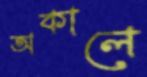
অকালে